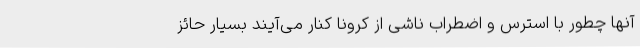
آنها چطور با استرس و اضطراب ناشی از کرونا کنار می‌آیند بسیار حائز